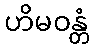
ဟိမဝန္တံ